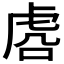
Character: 𰲛